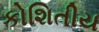
કોશિતીય